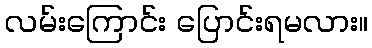
လမ်းကြောင်း ပြောင်းရမလား။